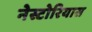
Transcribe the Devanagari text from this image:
नेस्टोरियास